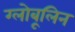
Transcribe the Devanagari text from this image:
ग्लोबूलिन